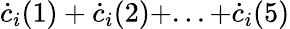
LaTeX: \dot{c}_{i}(1)+\dot{c}_{i}(2)+...+\dot{c}_{i}(5)